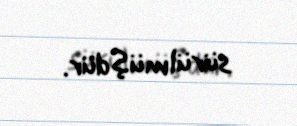
sürülmüşdür.